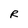
Character: R